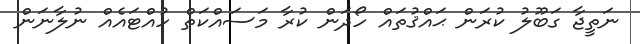
ނަތީޖާ ގަބޫލު ކުރަން ޙައްޤުތައް ހޯދަން ކުރާ މަސައްކަތް ހުއްޓައެއް ނުލާނަން